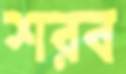
শরব